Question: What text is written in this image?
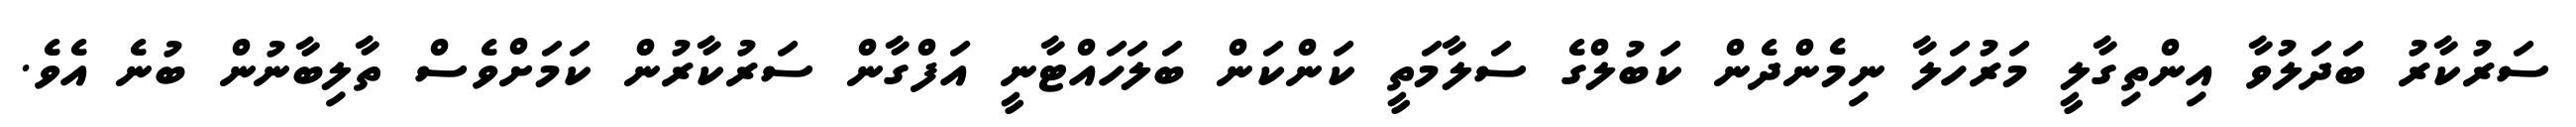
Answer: ސަރުކާރު ބަދަލުވާ އިންތިގާލީ މަރުހަލާ ނިމެންދެން ކަބުލްގެ ސަލާމަތީ ކަންކަން ބަލަހައްޓާނީ އަފްގާން ސަރުކާރުން ކަމަށްވެސް ތާލިބާނުން ބުނެ އެވެ.